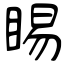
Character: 睗